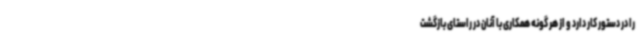
را در دستور کار دارد و از هر گونه همکاری با آنان در راستای بازگشت